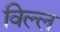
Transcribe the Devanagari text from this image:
विल्ल